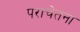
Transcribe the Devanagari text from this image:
पराचेतना